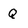
Character: Q